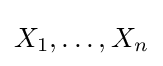
X_{1},\ldots ,X_{n}